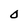
Character: O